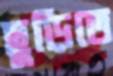
ছুড়িতে